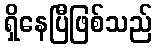
ရှိနေပြီဖြစ်သည်